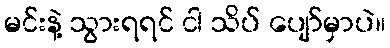
မင်းနဲ့ သွားရရင် ငါ သိပ် ပျော်မှာပဲ။